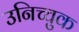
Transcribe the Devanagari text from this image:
उनिच्चुक